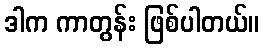
ဒါက ကာတွန်း ဖြစ်ပါတယ်။